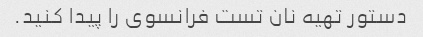
دستور تهیه نان تست فرانسوی را پیدا کنید.